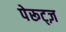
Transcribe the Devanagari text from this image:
पेरूट्ज़